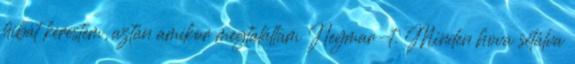
hibát kerestem, aztán amikor megtaláltam Neymar-t. Minden hova sétálva